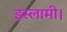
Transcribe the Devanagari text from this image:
इस्लामी।